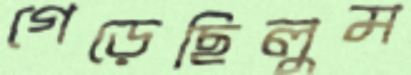
গেড়েছিলুম